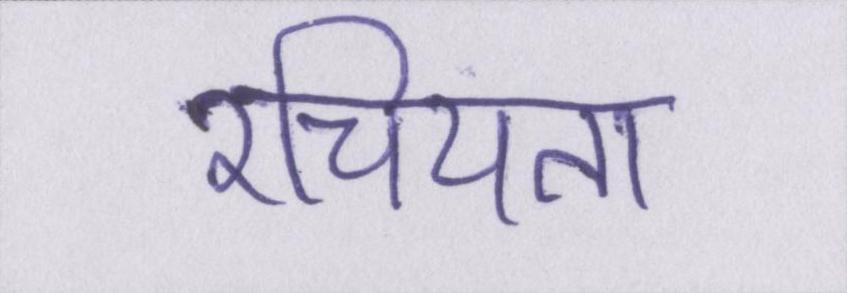
रचियता